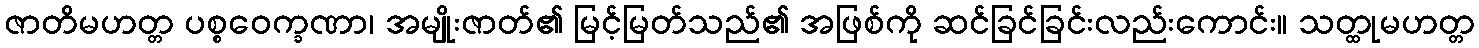
ဇာတိမဟတ္တ ပစ္စဝေက္ခဏာ၊ အမျိုးဇာတ်၏ မြင့်မြတ်သည်၏ အဖြစ်ကို ဆင်ခြင်ခြင်းလည်းကောင်း။ သတ္ထုမဟတ္တ